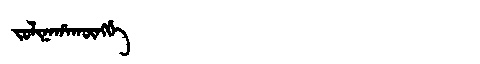
Manchu: ᠵᠣᠯᡳᠨᠠᡥᠠᡴᡡᠩᡤᡝ
Romanization: JOLINAHAKŪNGGE